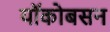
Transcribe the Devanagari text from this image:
यॉकोबसन